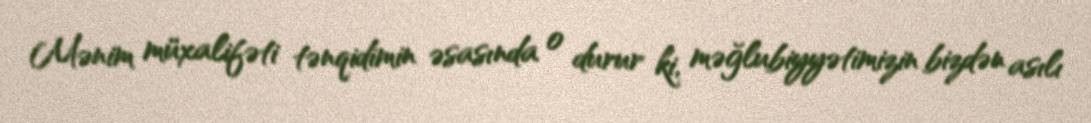
Mənim müxalifəti tənqidimin əsasında o durur ki, məğlubiyyətimizin bizdən asılı